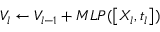
V _ { l } \gets V _ { l - 1 } + M L P ( \left[ X _ { l } , t _ { l } \right] )